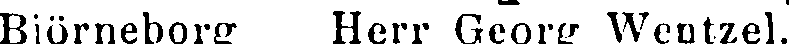
Björneborg Herr Georg Wentzel.